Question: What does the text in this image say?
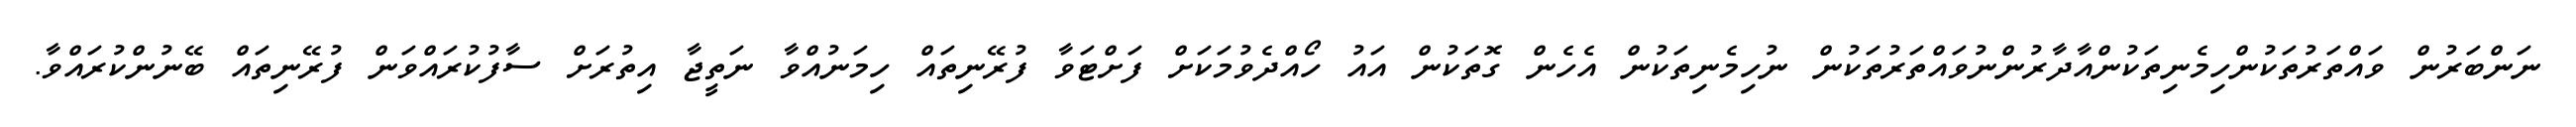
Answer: ނަންބަރުން ވައްތަރުތަކުންހިމެނިތަކުންއާދާރުންނުވައްތަރުތަކުން ނުހިމެނިތަކުން އެހެން ގޮތަކުން އައު ހޯއްދެވުމަކަށް ފަށްޓަވާ ފުރޭނިތައް ހިމަނުއްވާ ނަތީޖާ އިތުރަށް ސާފުކުރައްވަން ފުރޭނިތައް ބޭނުންކުރައްވާ.